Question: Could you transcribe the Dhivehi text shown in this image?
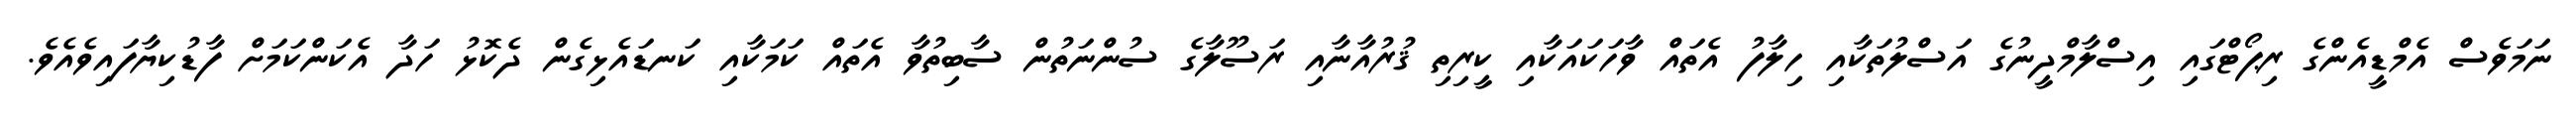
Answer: ނަމަވެސް އެމްޑީއެންގެ ރިޕޯޓްގައި އިސްލާމްދީނުގެ އަސްލުތަކާއި ހިލާފު އެތައް ވާހަކައަކާއި ކީރިތި ޤުރުއާނާއި ރަސޫލާގެ ސުންނަތުން ސާބިތުވާ އެތައް ކަމަކާއި ކަނޑައެޅިގެން ދެކޮޅު ހަދާ އެކަންކަމަށް ފާޑުކިޔާފައިވެއެވެ.